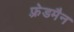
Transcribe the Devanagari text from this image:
फ़्रेडमैन